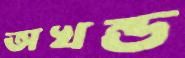
অখন্ড